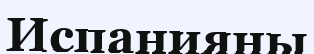
Испанияны